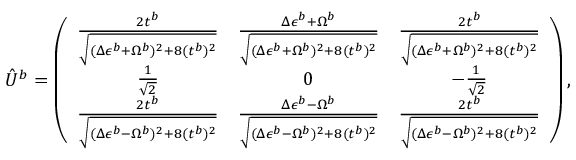
\hat { U } ^ { b } = \left( \begin{array} { c c c } { \frac { 2 t ^ { b } } { \sqrt { ( \Delta \epsilon ^ { b } + \Omega ^ { b } ) ^ { 2 } + 8 ( t ^ { b } ) ^ { 2 } } } } & { \frac { \Delta \epsilon ^ { b } + \Omega ^ { b } } { \sqrt { ( \Delta \epsilon ^ { b } + \Omega ^ { b } ) ^ { 2 } + 8 ( t ^ { b } ) ^ { 2 } } } } & { \frac { 2 t ^ { b } } { \sqrt { ( \Delta \epsilon ^ { b } + \Omega ^ { b } ) ^ { 2 } + 8 ( t ^ { b } ) ^ { 2 } } } } \\ { \frac { 1 } { \sqrt { 2 } } } & { 0 } & { - \frac { 1 } { \sqrt { 2 } } } \\ { \frac { 2 t ^ { b } } { \sqrt { ( \Delta \epsilon ^ { b } - \Omega ^ { b } ) ^ { 2 } + 8 ( t ^ { b } ) ^ { 2 } } } } & { \frac { \Delta \epsilon ^ { b } - \Omega ^ { b } } { \sqrt { ( \Delta \epsilon ^ { b } - \Omega ^ { b } ) ^ { 2 } + 8 ( t ^ { b } ) ^ { 2 } } } } & { \frac { 2 t ^ { b } } { \sqrt { ( \Delta \epsilon ^ { b } - \Omega ^ { b } ) ^ { 2 } + 8 ( t ^ { b } ) ^ { 2 } } } } \end{array} \right) ,